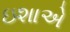
ઇશાએ